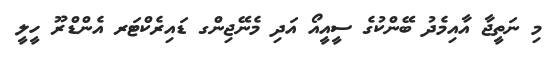
މި ނަތީޖާ އާއިމެދު ބޭންކުގެ ސީއީއޯ އަދި މެނޭޖިންގ ޑައިރެކްޓަރ އެންޑްރޫ ހީލީ